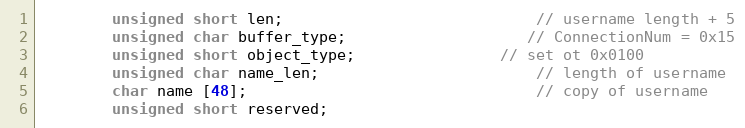
Language: C++
		unsigned short len;							// username length + 5
		unsigned char buffer_type;					// ConnectionNum = 0x15
		unsigned short object_type;				// set ot 0x0100
		unsigned char name_len;						// length of username
		char name [48];								// copy of username
		unsigned short reserved;